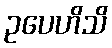
ဥပေဟိသိ